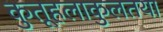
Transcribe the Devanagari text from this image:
कुतूहलाकुलतया